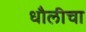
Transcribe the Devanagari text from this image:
धौलीचा